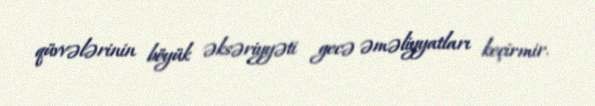
qüvvələrinin böyük əksəriyyəti gecə əməliyyatları keçirmir.